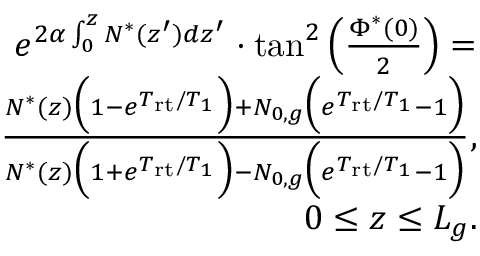
\begin{array} { r } { e ^ { 2 \alpha \int _ { 0 } ^ { z } N ^ { * } ( z ^ { \prime } ) d z ^ { \prime } } \cdot \tan ^ { 2 } \Big ( \frac { \Phi ^ { * } ( 0 ) } { 2 } \Big ) = } \\ { \frac { N ^ { * } ( z ) \Big ( 1 - e ^ { T _ { \mathrm { r t } } / T _ { 1 } } \Big ) + N _ { 0 , g } \Big ( e ^ { T _ { \mathrm { r t } } / T _ { 1 } } - 1 \Big ) } { N ^ { * } ( z ) \Big ( 1 + e ^ { T _ { \mathrm { r t } } / T _ { 1 } } \Big ) - N _ { 0 , g } \Big ( e ^ { T _ { \mathrm { r t } } / T _ { 1 } } - 1 \Big ) } , } \\ { 0 \le z \le L _ { g } . } \end{array}